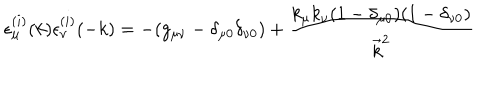
LaTeX: \epsilon _ { \mu } ^ { ( i ) } ( k ) \epsilon _ { \nu } ^ { ( i ) } ( - k ) = - ( g _ { \mu \nu } - \delta _ { \mu 0 } \delta _ { \nu 0 } ) + \frac { k _ { \mu } k _ { \nu } ( 1 - \delta _ { \mu 0 } ) ( 1 - \delta _ { \nu 0 } ) } { \vec { k } ^ { 2 } }